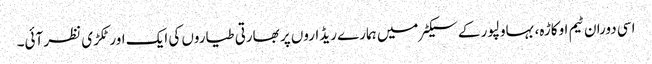
اسی دوران ٹیم اوکاڑہ، بہاولپور کے سیکٹر میں ہمارے ریڈاروں پر بھارتی طیاروں کی ایک اور ٹکڑی نظر آئی۔